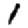
Digit: 1